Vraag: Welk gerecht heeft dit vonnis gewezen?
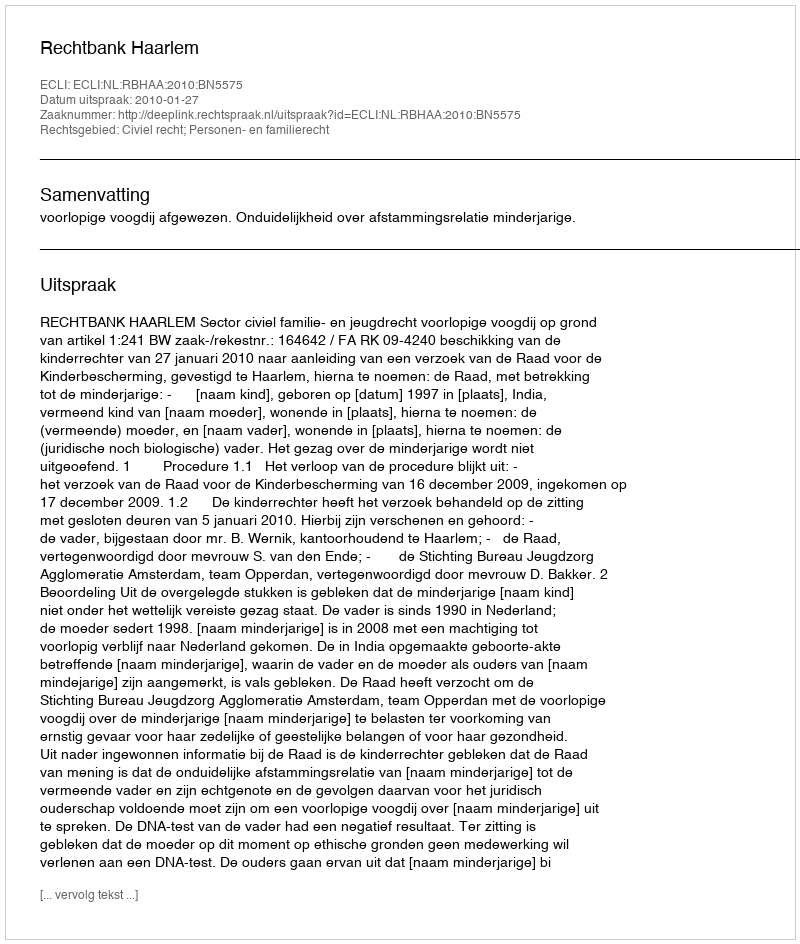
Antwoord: Rechtbank Haarlem